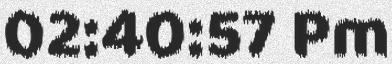
02:40:57 Pm